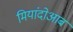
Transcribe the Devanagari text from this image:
मियांदोआब